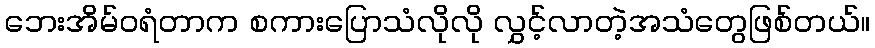
ဘေးအိမ်ဝရံတာက စကားပြောသံလိုလို လွှင့်လာတဲ့အသံတွေဖြစ်တယ်။